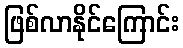
ဖြစ်လာနိုင်ကြောင်း